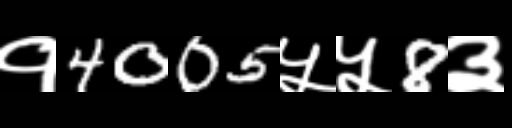
Text: १4005५५8३